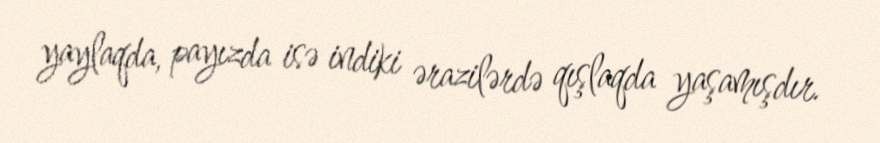
yaylaqda, payızda isə indiki ərazilərdə qışlaqda yaşamışdır.